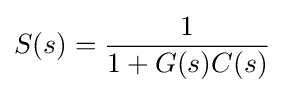
S(s)={\frac {1}{1+G(s)C(s)}}